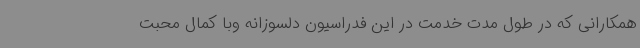
همکارانی که در طول مدت خدمت در این فدراسیون دلسوزانه وبا کمال محبت